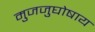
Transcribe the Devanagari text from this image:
मुजजुघोषाय